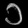
Digit: ၁